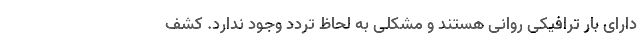
دارای بار ترافیکی روانی هستند و مشکلی به لحاظ تردد وجود ندارد. کشف